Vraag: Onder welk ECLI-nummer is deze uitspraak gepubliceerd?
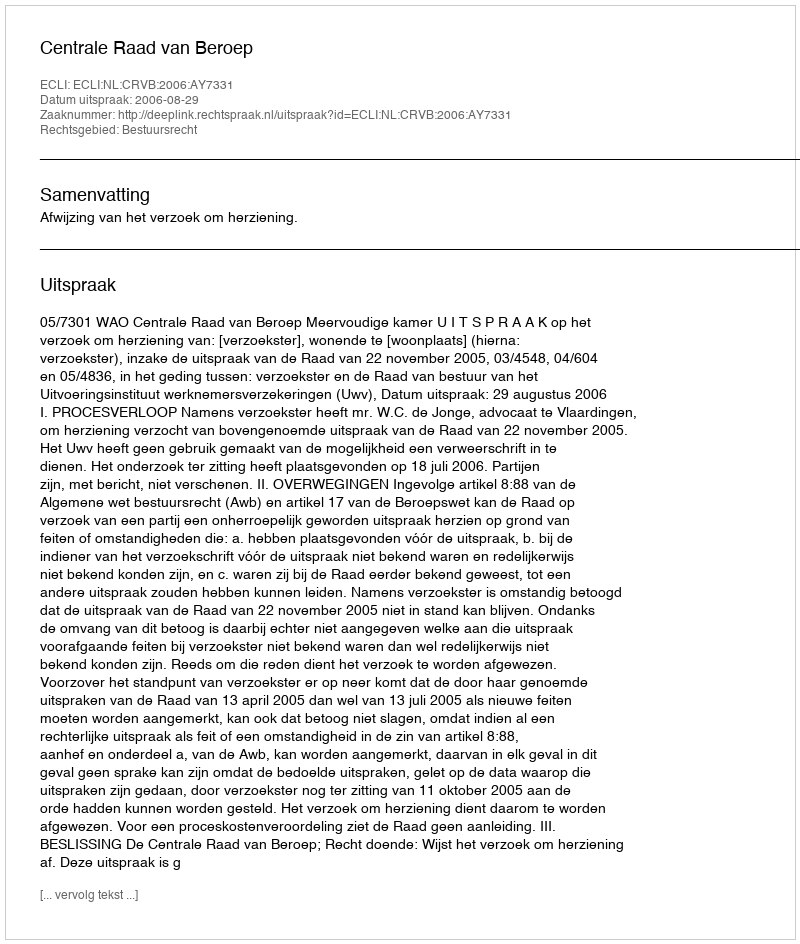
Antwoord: ECLI:NL:CRVB:2006:AY7331